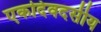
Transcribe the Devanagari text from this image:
एकदिवदसीय